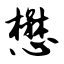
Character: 懋